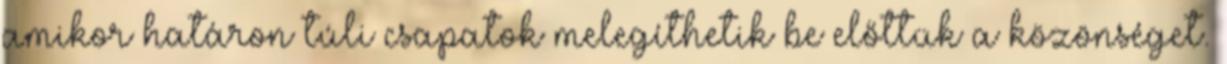
amikor határon túli csapatok melegíthetik be előttük a közönséget.